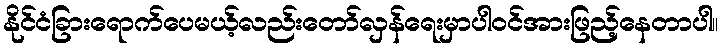
နိုင်ငံခြားရောက်ပေမယ့်လည်းတော်လှန်ရေးမှာပါဝင်အားဖြည့်နေတာပါ။